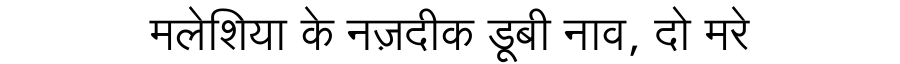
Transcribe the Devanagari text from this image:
मलेशिया के नज़दीक डूबी नाव, दो मरे